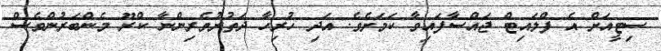
ސިޓީއަށް އެ ފްލައިޓް ޖައްސާފައިވާ ކަމަށެވެ. އަދި ހުރިހާ ދަތުރުވެރިންނާ ކްރޫ މެންބަރުންވެސް